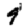
Digit: 9